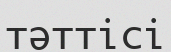
тәттісі